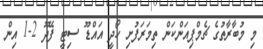
މި މުބާރާތުގެ ޗެމްޕިއަންކަން ތިމަރަފުށި ހޯދީ އައްޑޫ ސިޓީ ފޭދޫ 2-1 އިން